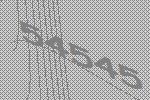
54545